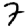
Digit: 7